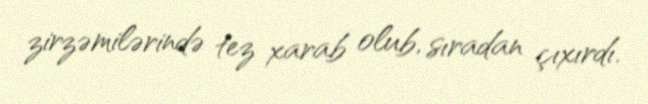
zirzəmilərində tez xarab olub, sıradan çıxırdı.